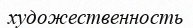
художественность